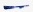
Text: -